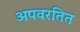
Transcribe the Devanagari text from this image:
अपवरतित